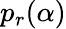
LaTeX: p_{r}(\alpha)